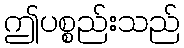
ဤပစ္စည်းသည်